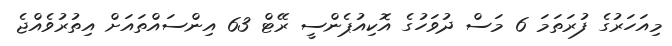
މިއަހަރުގެ ފުރަތަމަ 6 މަސް ދުވަހުގެ އޮކިއުޕެންސީ ރޭޓް 63 އިންސައްތައަށް އިތުރުވެއްޖެ